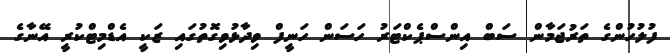
ފުލުހުންގެ ތަރުޖަމާން ސަބް އިންސްޕެކްޓަރު ހަސަން ހަނީފް ވިދާޅުވިގޮތުގައި ޒަކީ އެޑްމިޓްކުރީ އޭނާގެ